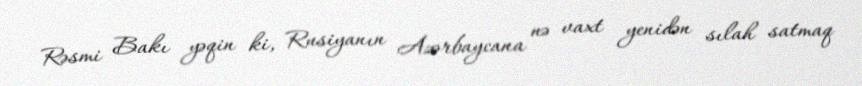
Rəsmi Bakı yəqin ki, Rusiyanın Azərbaycana nə vaxt yenidən sılah satmaq